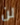
لن